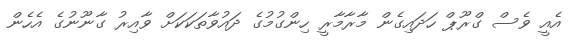
އެއީ ވެސް ގްރޫޕް ހަދައިގެން މާރާމާރީ ހިންގުމުގެ ދައުވާތަކަކަށް ވާއިރު ގާނޫނުގެ އެހެން